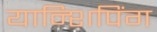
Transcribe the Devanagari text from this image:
यान्शिपिंग